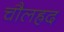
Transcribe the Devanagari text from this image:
चौलह्रद